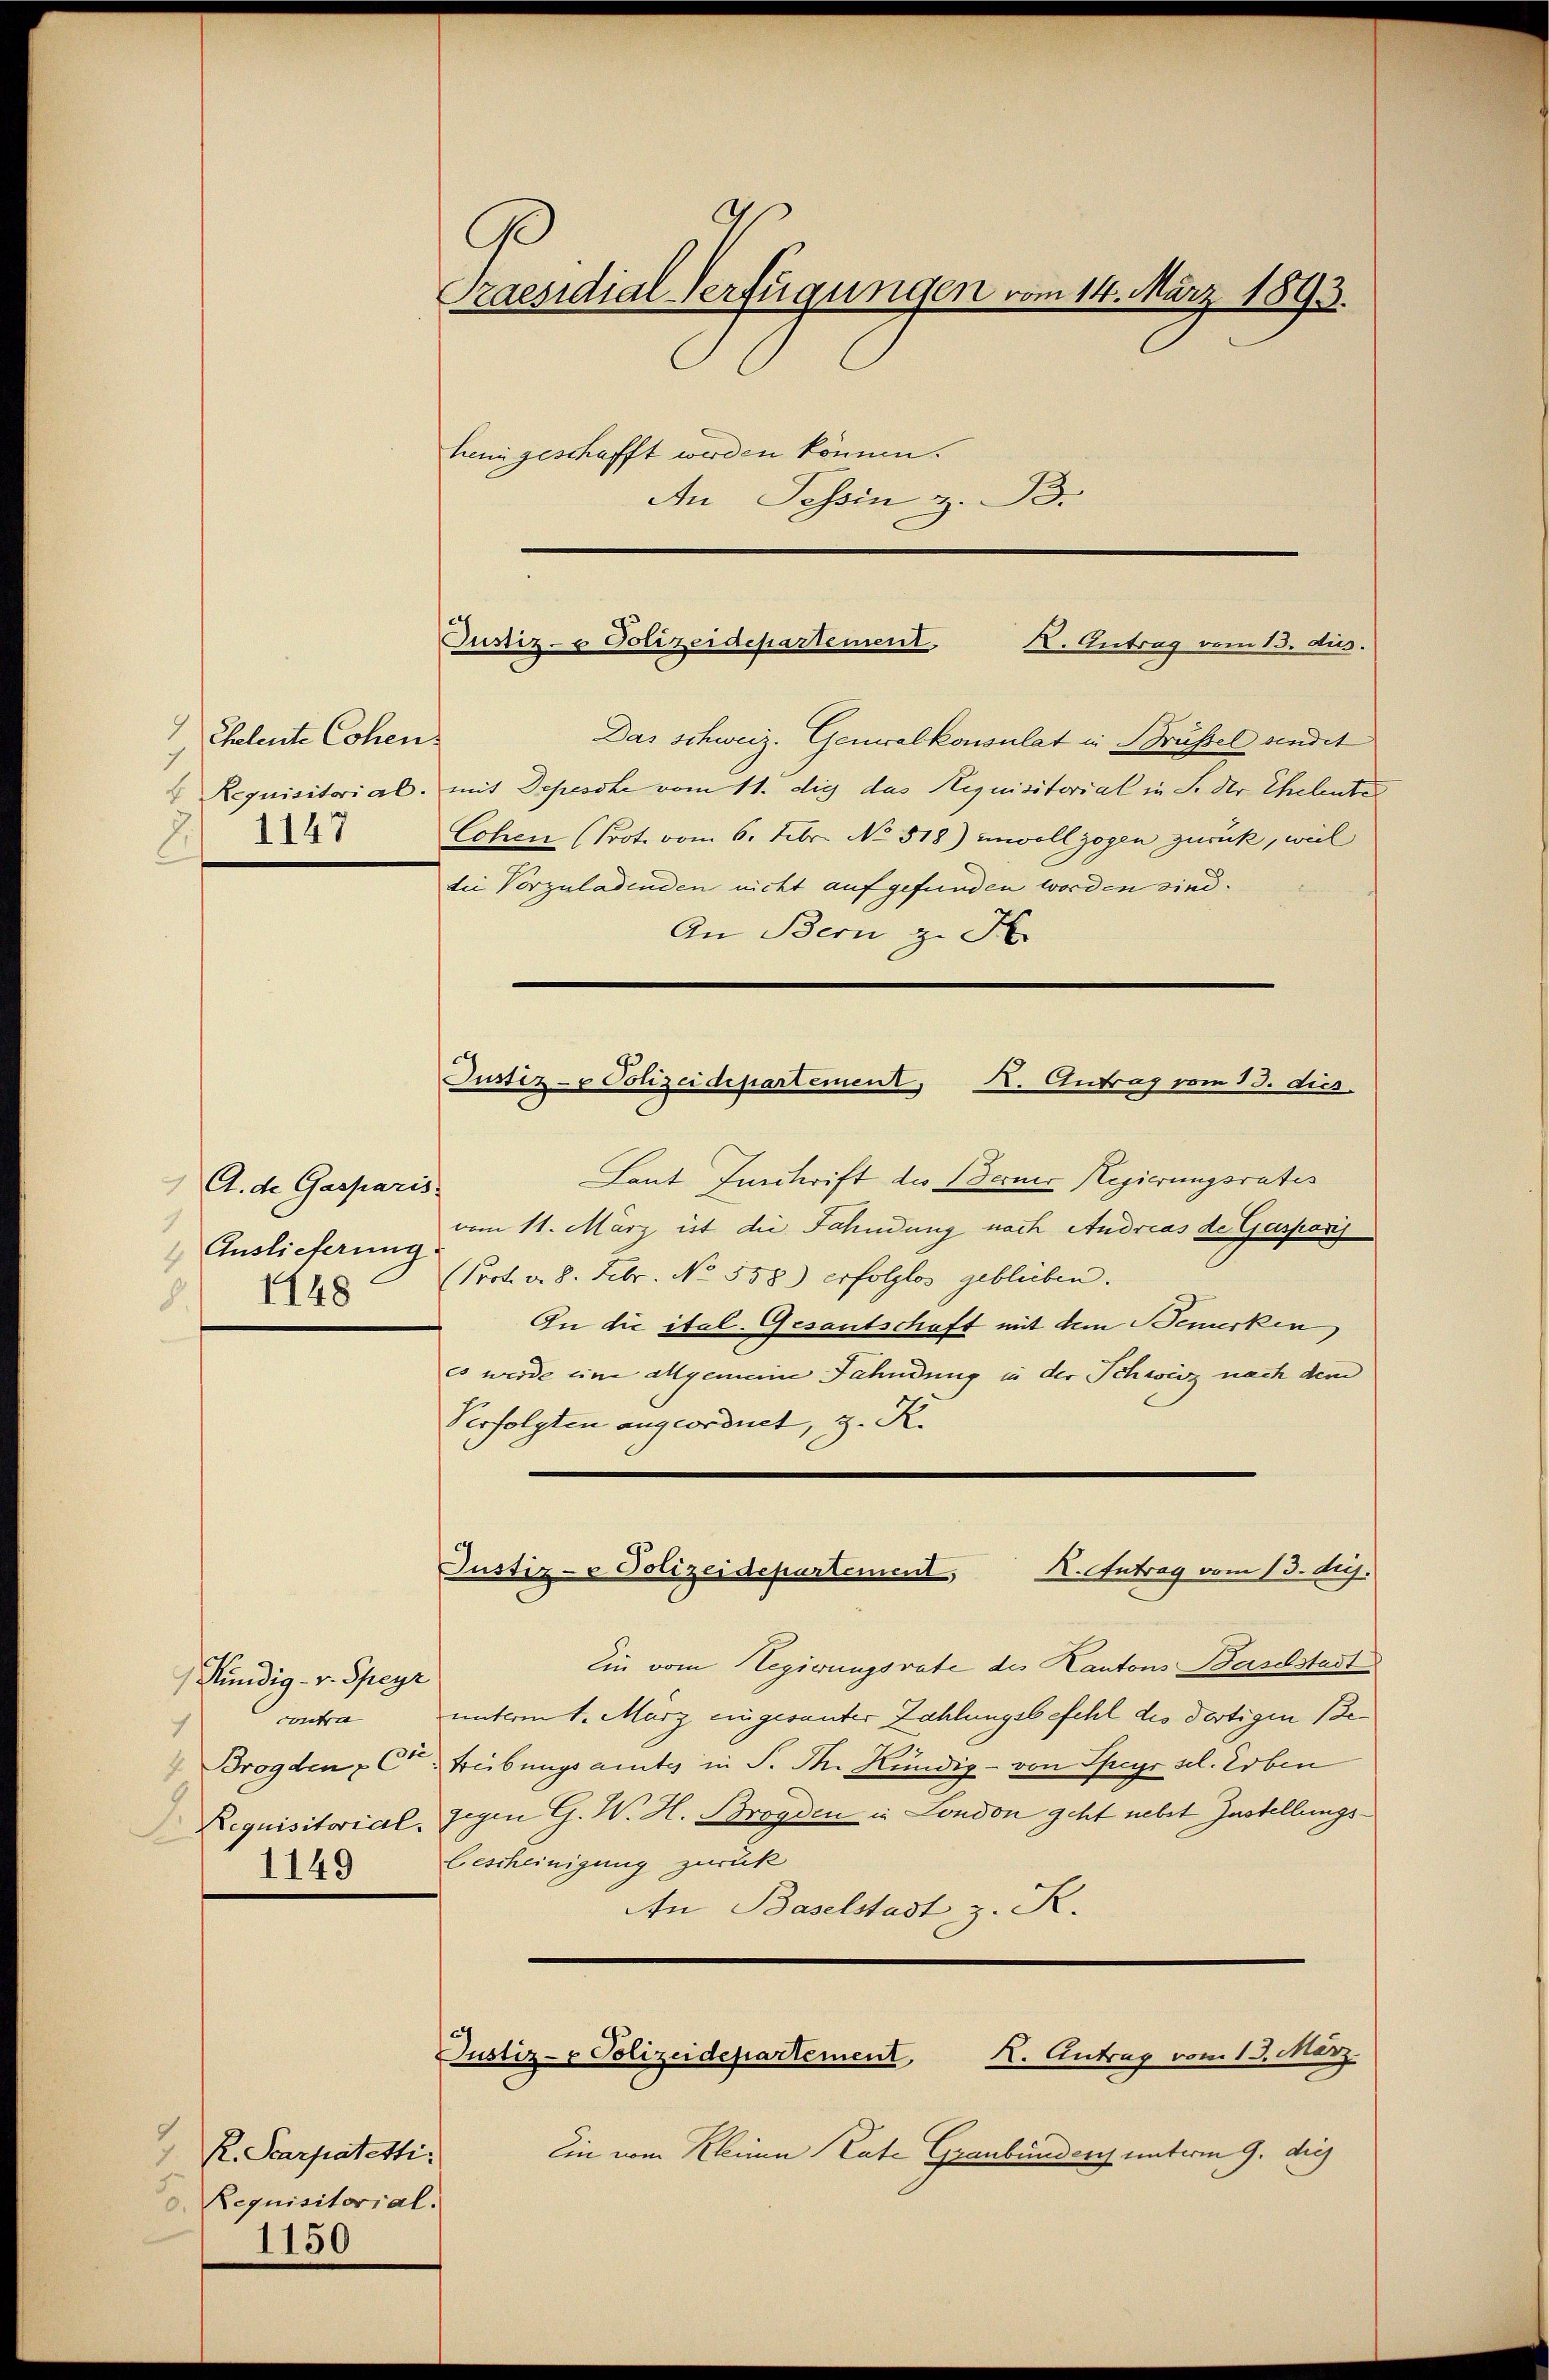
9
Cheleute Cohen
1147

A. de Gasparis.
1
Auslieferung
148
8.

Kündig - v. Speyr
contra
7
1149

2
R. Pcarpatetti.
Requisitorial.
1150

Praesidial-Verfügungen vom 14. März 1893.
heimgeschafft werden können.
An Tessin z. B.

Das schweiz. Generalkonsulat in Brüssel sendet
4 Requisitorial, mit Depesche vom 11. die das Requisitorial in S. der Eheleute
Cohen (Prot. vom 6. Febr. No. 518) unvollzogen zurück, weil
die Vorzuladenden nicht aufgefunden worden sind.
An Bern zu H
Laut Inschrift des Berner Regierungsrates
vom 11. März ist die Fahndung nach Andreas de Gasparij
Prot. v. 8. Febr. No. 558) erfolglos geblieben.
In die ital. Gesantschaft mit dem Bemerken
es werde eine allgemeine Fahndung in der Schweiz nach dem
Verfolgten angeordnet, z. K.
Justiz- & Polizeidepartement, K. Antrag vom 13. huj.
Ein vom Regierungsrate des Kantons Baselstadt
unterm 1. März eingesanter Zahlungsbefehl des dortigen Be¬
Brogden C. Freibungsamtes in P. M. Kündig - von Speyr sel. Erben
Dequisitorial, gegen G. W. H. Broyden in London geht nebst Zustellungsbescheinigung zurück
An Baselstadt z. R.

Justiz- & Polizeidepartement. I. Antrag vom 13. dus.

Justiz- u Polizeidepartement, I. Antrag vom 13. dies.

Justiz- & Polizeidepartement, K. Antrag vom 13. März.

Ein vom Kleinen Rate Graubünden unterm 9. die